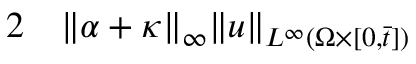
\begin{array} { r l } { 2 } & { { } \| \alpha + \kappa \| _ { \infty } \| u \| _ { L ^ { \infty } ( \Omega \times [ 0 , \bar { t } ] ) } } \end{array}